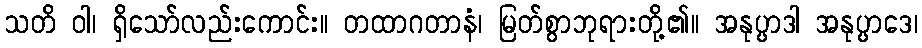
သတိ ဝါ၊ ရှိသော်လည်းကောင်း။ တထာဂတာနံ၊ မြတ်စွာဘုရားတို့၏။ အနုပ္ပာဒါ အနုပ္ပာဒေ၊